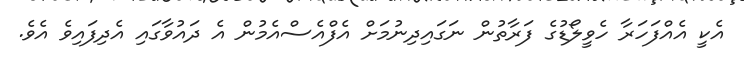
އެކީ އެއްފަހަރާ ހެވީލޯޑުގެ ފަރާތުން ނަގައިދިނުމަށް އެފްއެސްއެމުން އެ ދައުވާގައި އެދިފައިވެ އެވެ.